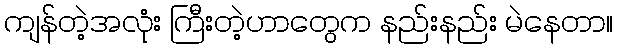
ကျန်တဲ့အလုံး ကြီးတဲ့ဟာတွေက နည်းနည်း မဲနေတာ။